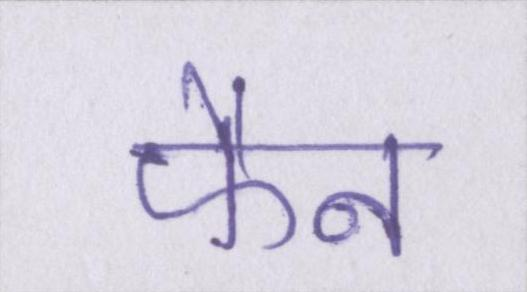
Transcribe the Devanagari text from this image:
फैन